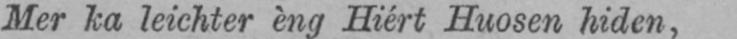
Mer ka leichter èng Hiért Huosen hiden,